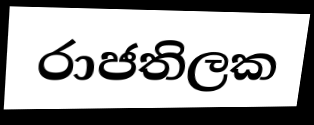
රාජතිලක